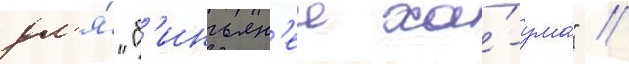
дл'я́ "б'иньян'еи ха́-ума́" //